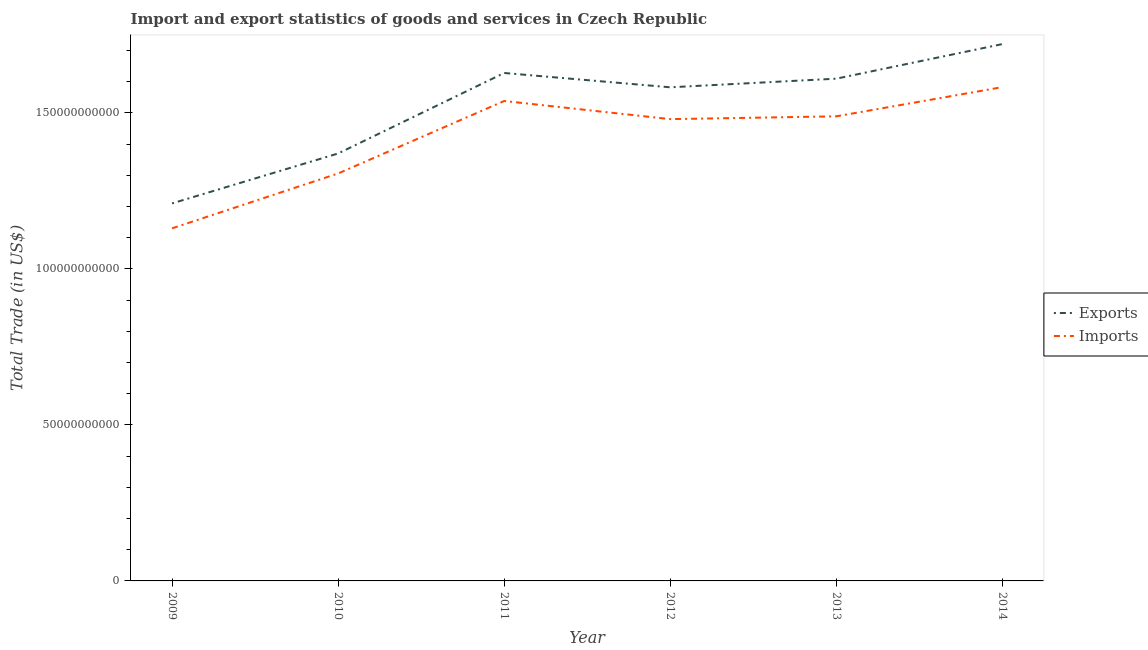
| Year | Exports | Imports |
 | --- | --- | --- |
 | 2009 | 1.21e+11 | 1.13e+11 |
 | 2010 | 1.37e+11 | 1.31e+11 |
 | 2011 | 1.63e+11 | 1.54e+11 |
 | 2012 | 1.58e+11 | 1.48e+11 |
 | 2013 | 1.61e+11 | 1.49e+11 |
 | 2014 | 1.72e+11 | 1.58e+11 |